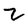
Character: Z